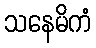
သနေမိကံ